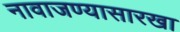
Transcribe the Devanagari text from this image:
नावाजण्यासारखा